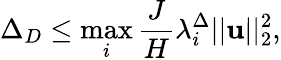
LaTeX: \Delta_{D}\leq\operatorname*{max}_{i}\frac{J}{H}\lambda_{i}^{\Delta}||\mathbf{u}||_{2}^{2},